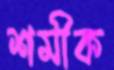
শমীক